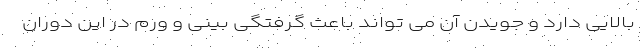
بالایی دارد و جویدن آن می تواند باعث گرفتگی بینی و ورم در این دوران